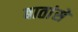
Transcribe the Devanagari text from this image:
बातांसे